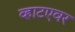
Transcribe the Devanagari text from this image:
व्हाटएवर